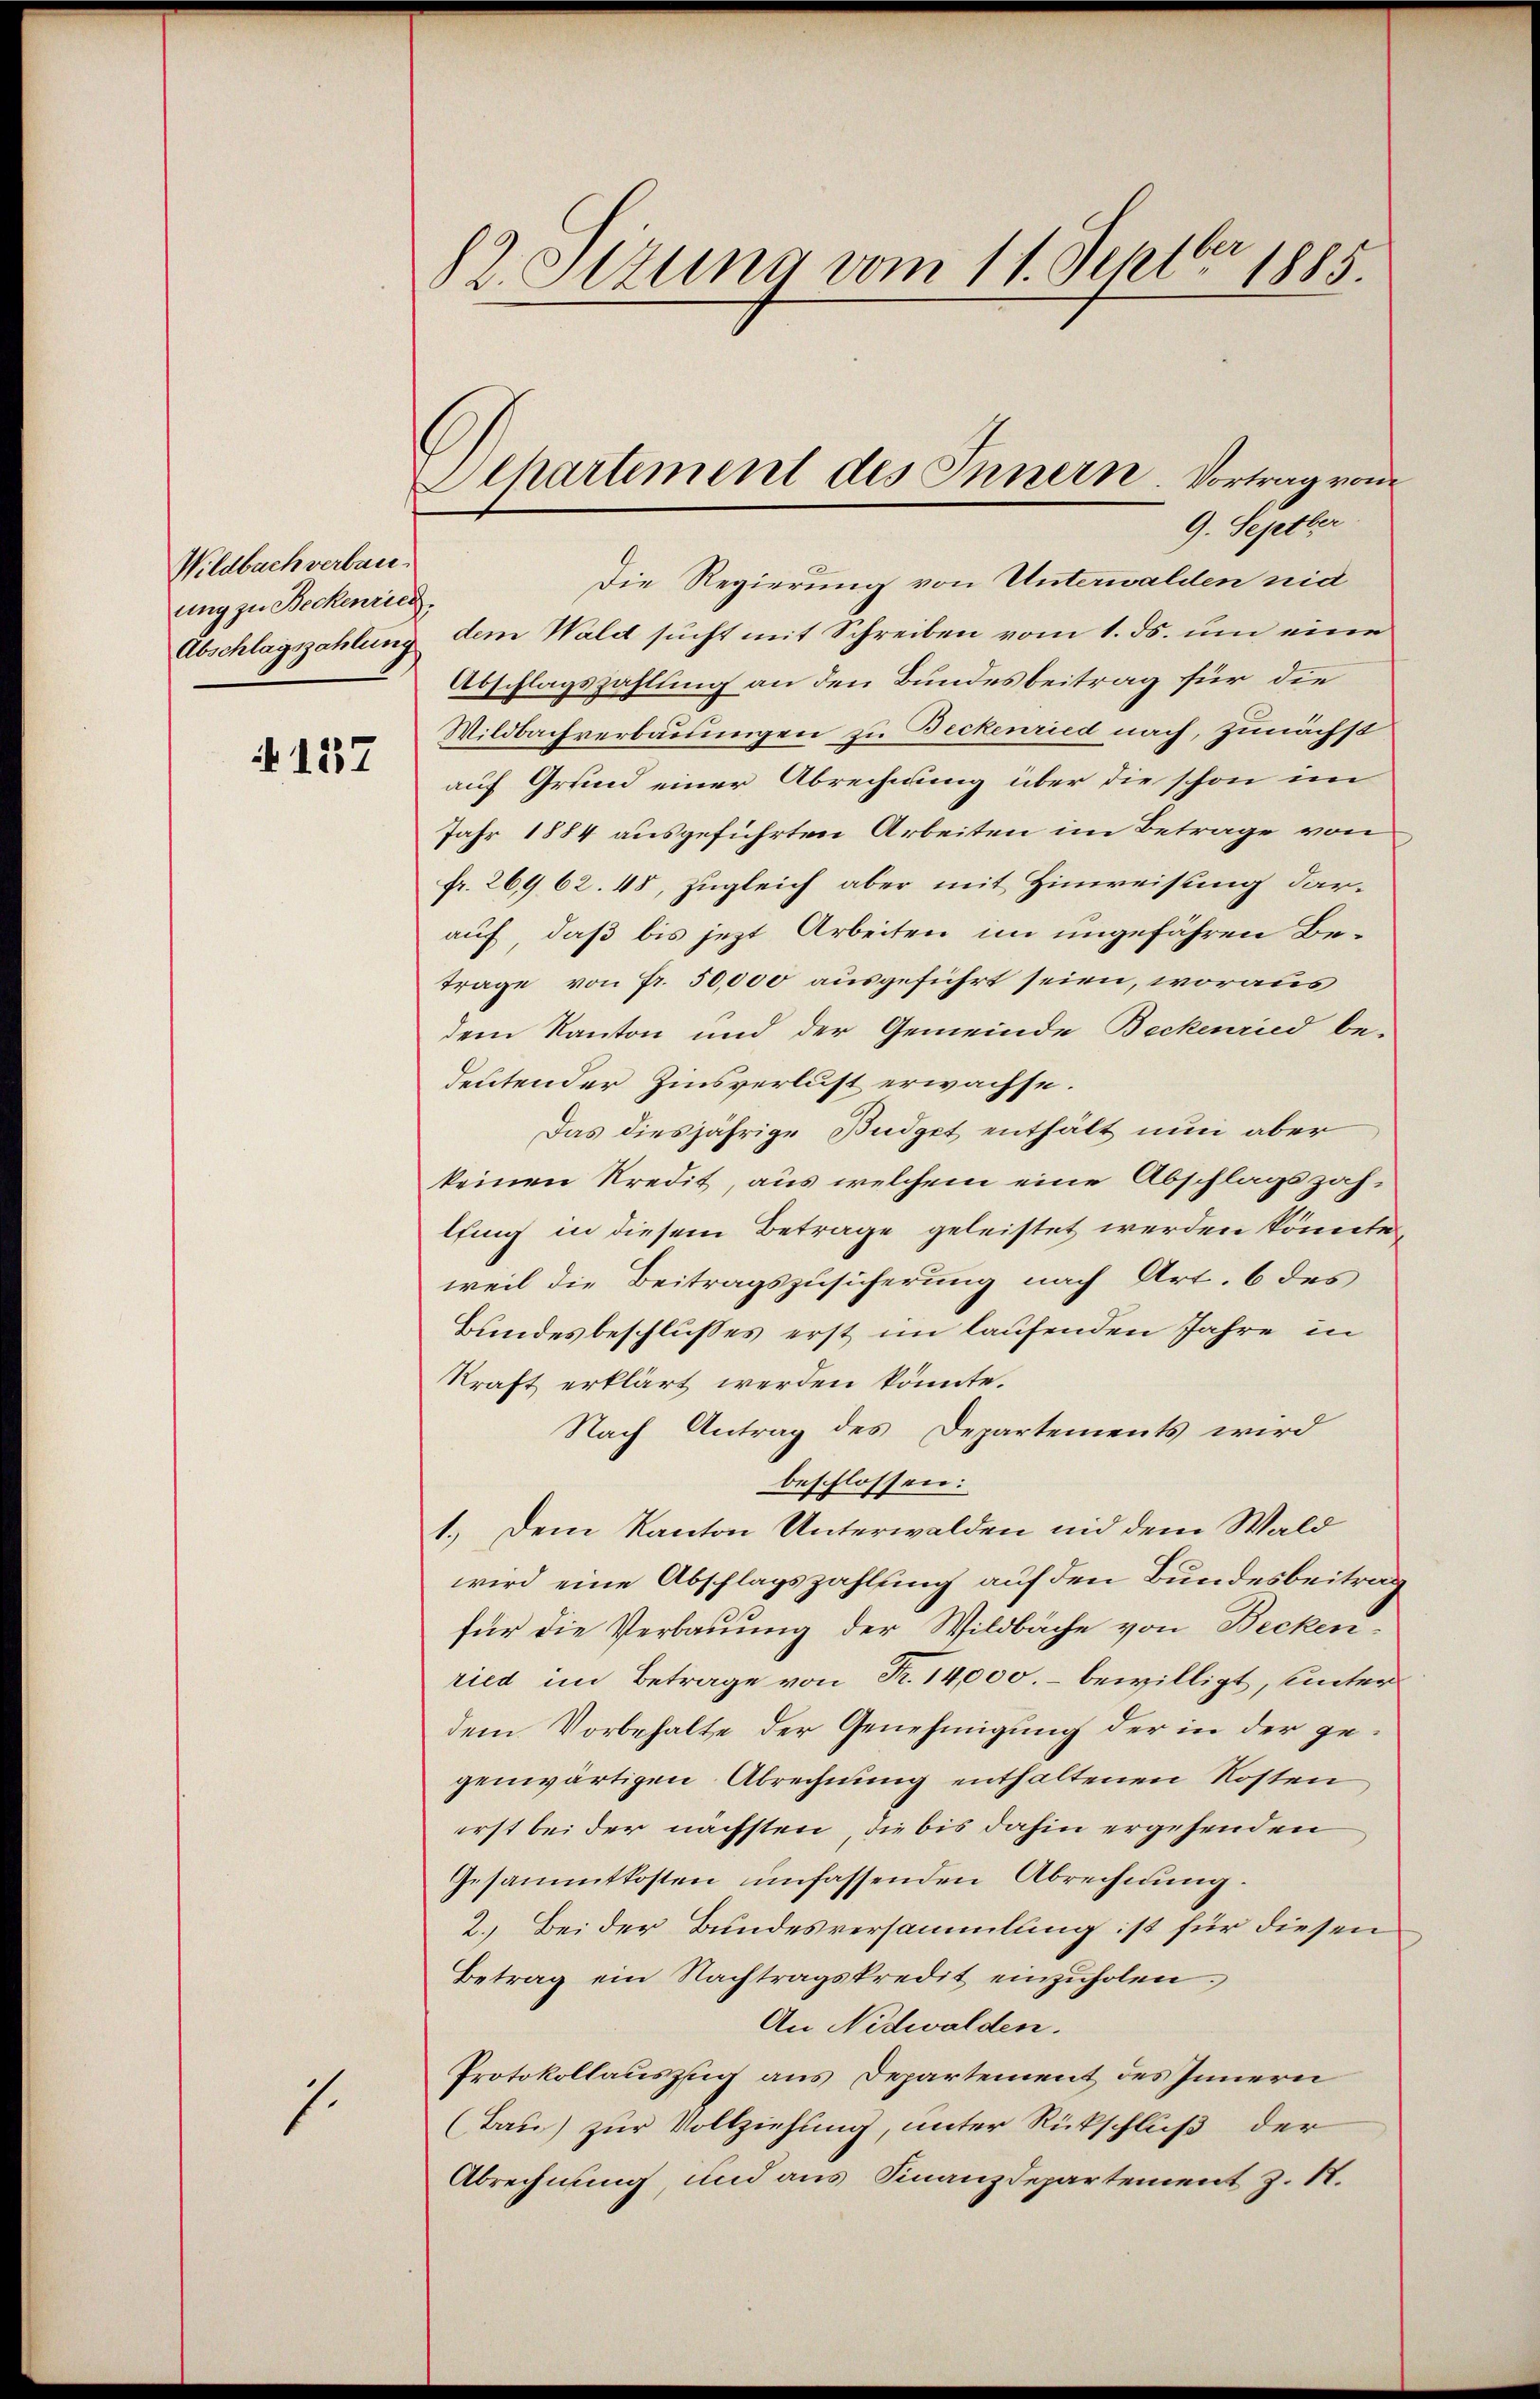
Wildbach verbauung zu Beckenried

137

.

82. Ottung vom 11. Septbr 1885.

Die Regierung von Unterwalden nid
h
Abschlagszahlung dem Wald sucht mit Schreiben vom 1. ds. um eine
Abschlagszahlung an den Bundesbeitrag für die
Wildbachverbauungen zu Beckenried nach, zunächst
auf Grund einer Abrechnung über die schon im
Jahr 1884 ausgeführten Arbeiten im Betrage von
fr. 26962. 48, zugleich aber mit Hinweisung darauf, daß bis jezt Arbeiten im ungefähren Betrage von Fr. 50,000 ausgeführt seien, woraus
dem Kanton und der Gemeinde Beckenried be-
deutender Zinsverlust erwachse.
Das diesjährige Büdget enthält nun aber
keinen Kredit, aus welchem eine Abschlagszahlfing in diesem Betrage geleistet werden könnte,
weil die Beitragszusicherung nach Art. 6 des
Bundesbeschlusses erst im laufenden Jahre in
kraft erklärt werden könnte.
Nach Antrag des Departements wird
beschlossen:
1.) Dem Kanton Unterwalden und dem Wald
wird eine Abschlagszahlung auf den Bundesbeitrag
für die Verbauung der Wildbache von Beckenried im Betrage von Fr. 14,000.- bewilligt, unter
dem Vorbehalte der Genehmigung der in der gegenwärtigen Abrechnung enthaltenen Kosten
erst bei der nächsten, die bis dahin ergehenden
Gesammtkosten unfassenden Abrechnung.
2.) Bei der Bundesversammlung ist für diesen
Betrag ein Nachtragskredit einzŭholen.
An Nidwalden.
Protokollauszug aus Departement des Innern
(Bau) zur Vollziehung, unter Rückschluß der
Abrechnung, und aus Finanzdepartement z. N.

Separtement des Innern. Vortrag vom
9. Septber